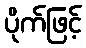
ပိုက်ဖြင့်